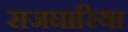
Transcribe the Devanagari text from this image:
राजघारिया